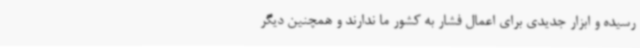
رسیده و ابزار جدیدی برای اعمال فشار به کشور ما ندارند و همچنین دیگر